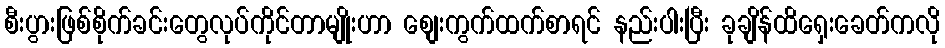
စီးပွားဖြစ်စိုက်ခင်းတွေလုပ်ကိုင်တာမျိုးဟာ စျေးကွက်ထက်စာရင် နည်းပါးပြီး ခုချိန်ထိရှေးခေတ်ကလို